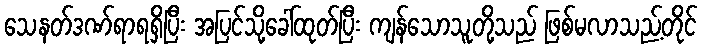
သေနတ်ဒဏ်ရာရရှိပြီး အပြင်သို့ခေါ်ထုတ်ပြီး ကျန်သောသူတို့သည် ဖြစ်မလာသည့်တိုင်